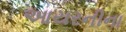
આયરનીના